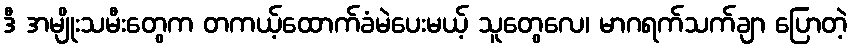
ဒီ အမျိုးသမီးတွေက တကယ့်ထောက်ခံမဲပေးမယ့် သူတွေလေ၊ မာဂရက်သက်ချာ ပြောတဲ့